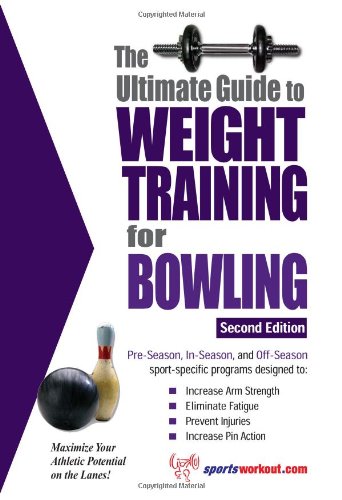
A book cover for Ultimate Guide to Weight Training for Bowling (Ultimate Guide to Weight Training: Bowling); Rob Price; Health, Fitness & Dieting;